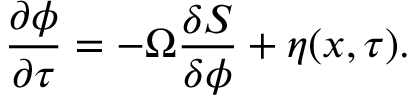
\frac { \partial \phi } { \partial \tau } = - \Omega \frac { \delta S } { \delta \phi } + \eta ( x , \tau ) .